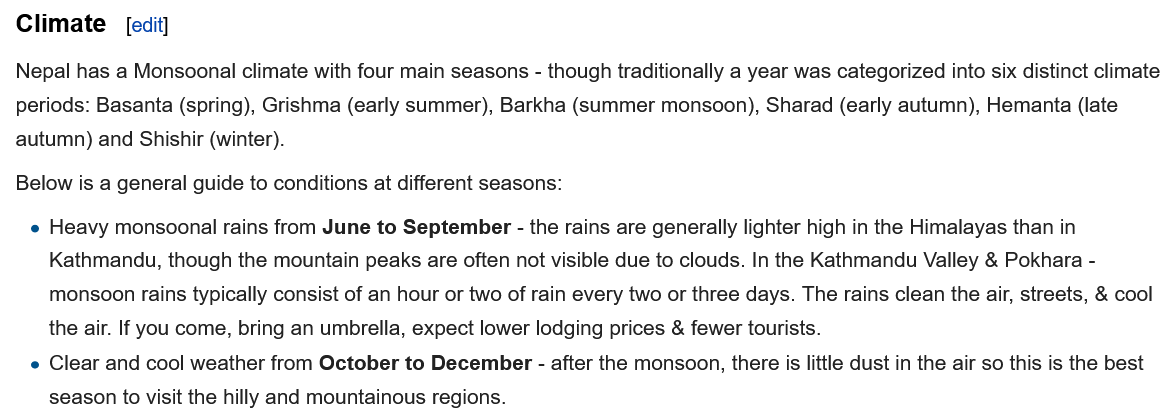
Climate   edit]
  Nepal has a Monsoonal climate with four main seasons - though traditionally a year was categorized into six distinct climate
  periods: Basanta (spring), Grishma (early summer), Barkha (summer monsoon), Sharad (early autumn), Hemanta (late
  autumn) and Shishir (winter).
  Below is a general guide to conditions at different seasons:
   e Heavy monsoonal rains from June to September - the rains are generally lighter high in the Himalayas than in
     Kathmandu, though the mountain peaks are often not visible due to clouds. In the Kathmandu Valley & Pokhara
     -
     monsoon rains typically consist of an hour or two of rain every two or three days. The rains clean the air, streets, & cool
     the air. If you come, bring an umbrella, expect lower lodging prices & fewer tourists.
   e Clear and cool weather from October to December - after the monsoon, there is little dust in the air so this is the bes
     season to visit the hilly and mountainous regions.